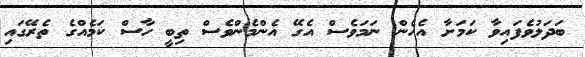
ބަދަލުވެފައިވާ ކަމަށާ އެހެން ނަމަވެސް އެގޭ އެންމެންވެސް ތިބީ ހާސް ކަމެއްގެ ތެރޭގައި